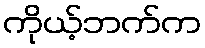
ကိုယ့်ဘက်က